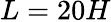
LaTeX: L=20H